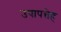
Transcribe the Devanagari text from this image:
उपापत्तेह